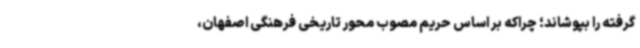
گرفته را بپوشاند؛ چراکه بر اساس حریم مصوب محور تاریخی فرهنگی اصفهان،